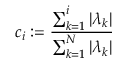
c _ { i } : = \frac { \sum _ { k = 1 } ^ { i } | \lambda _ { k } | } { \sum _ { k = 1 } ^ { N } | \lambda _ { k } | }